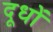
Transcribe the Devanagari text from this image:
दूधों